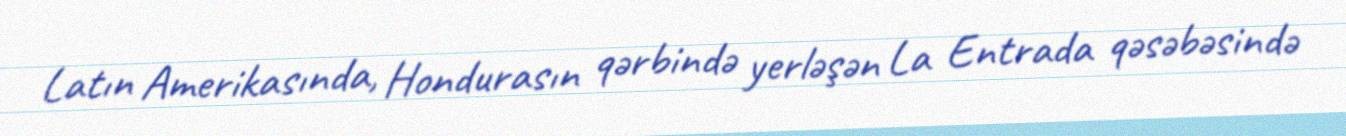
Latın Amerikasında, Hondurasın qərbində yerləşən La Entrada qəsəbəsində